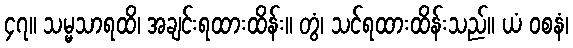
၄၇။ သမ္မသာရထိ၊ အချင်းရထားထိန်း။ တွံ၊ သင်ရထားထိန်းသည်။ ယံ ဝစနံ၊